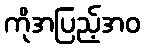
ကိုအပြည့်အဝ